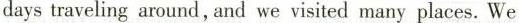
daystraveling around,and we visited many places. We